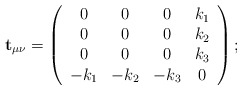
\begin{align*}{\bf t}_{\mu \nu }=\left(\begin{array}{cccc}0 & 0 & 0 & k_{1} \\0 & 0 & 0 & k_{2} \\0 & 0 & 0 & k_{3} \\-k_{1} & -k_{2} & -k_{3} & 0\end{array}\right) ;\end{align*}